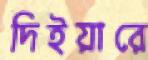
দিইয়ারে